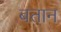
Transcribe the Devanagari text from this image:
बतान